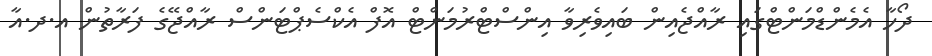
ދޯހާ އެމެންޑްމަންޓްގައި ރާއްޖެއިން ބައިވެރިވާ އިންސްޓްރުމަންޓް އޮފް އެކްސެޕްޓަންސް ރާއްޖޭގެ ފަރާތުން އ.ދ.އާ